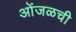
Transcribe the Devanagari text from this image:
ओंजळची